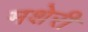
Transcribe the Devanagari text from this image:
मशेरी